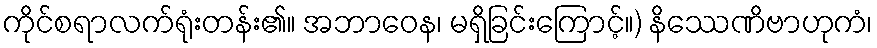
ကိုင်စရာလက်ရုံးတန်း၏။ အဘာဝေန၊ မရှိခြင်းကြောင့်။) နိဿေဏိဗာဟုကံ၊